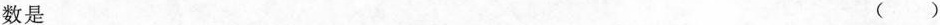
数是 ( )